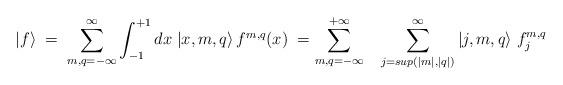
LaTeX: \begin{align*}|f\rangle \;=\; \sum_{m,q=-\infty}^{\infty} \int_{-1}^{+1} dx\; |x,m,q\rangle \, f^{m,q}(x) \;=\sum_{m,q=-\infty}^{+\infty} \;\;\;\sum_{j=sup(|m|,|q|)}^\infty |j,m,q\rangle \;f^{m,q}_j\end{align*}